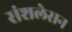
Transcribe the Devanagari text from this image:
संशलेसन